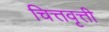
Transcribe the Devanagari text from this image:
चित्तवृत्ती